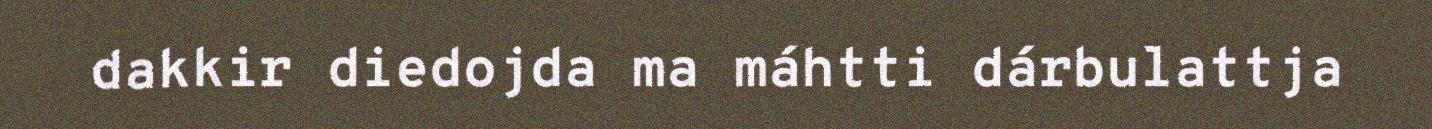
dakkir diedojda ma máhtti dárbulattja